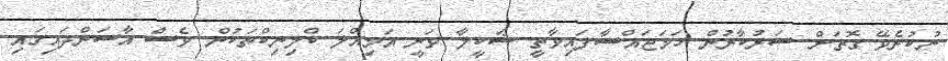
ނުކުރެވޭ ގޮތަށް ސަރުކާރުން ހަމަޖައްސާފައިވާތީ ޝަކީލާ ވަނީ އަމިއްލަ ކްލިނިކްތަކުން ވެސް އާސަންދައިގައި